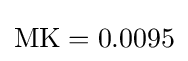
\mathrm {MK} =0.0095